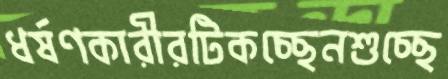
ধর্ষণকারীরটিকচ্ছেনশুচ্ছে